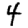
Digit: 4